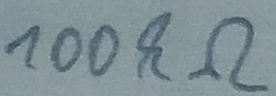
Text: 100kΩ